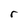
Character: r